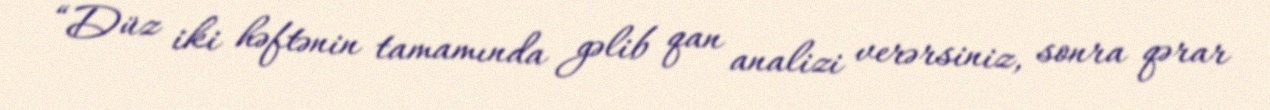
“Düz iki həftənin tamamında gəlib qan analizi verərsiniz, sonra qərar